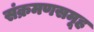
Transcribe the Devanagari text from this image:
संक्रमणसमूह